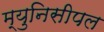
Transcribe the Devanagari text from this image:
म्युनिसीपल